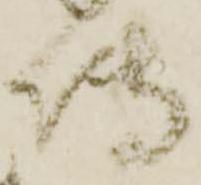
伝